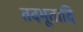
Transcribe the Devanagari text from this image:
तदभूतादि